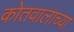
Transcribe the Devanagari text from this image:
कोतवालाच्या